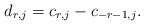
\begin{align*}d_{r,j} = c_{r,j}-c_{-r-1,j}. \end{align*}